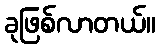
ခုဖြစ်လာတယ်။